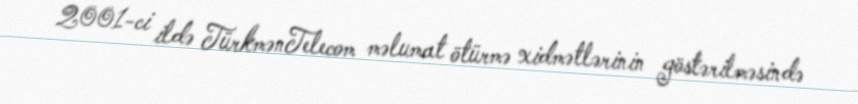
2001-ci ildə TürkmənTelecom məlumat ötürmə xidmətlərinin göstərilməsində